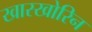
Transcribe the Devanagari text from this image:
खारखोरिन